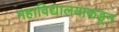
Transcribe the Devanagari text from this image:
महाविद्यालयाकडून